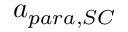
a _ { p a r a , S C }